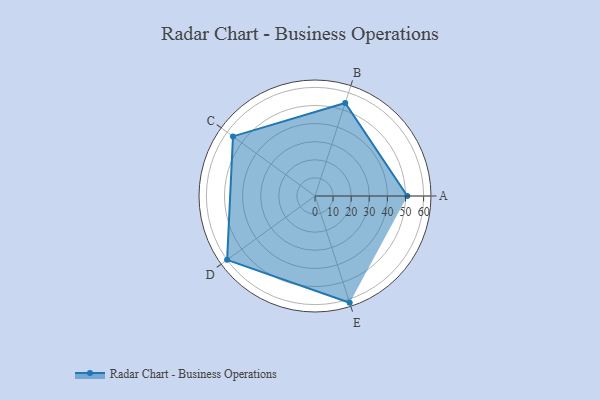
{"axis": {"x": "Skill", "y": "Score"}, "legend": ["Profile"], "data": [{"x": "A", "y": 51.0, "type": "Profile"}, {"x": "B", "y": 54.0, "type": "Profile"}, {"x": "C", "y": 56.0, "type": "Profile"}, {"x": "D", "y": 60.0, "type": "Profile"}, {"x": "E", "y": 62.0, "type": "Profile"}]}